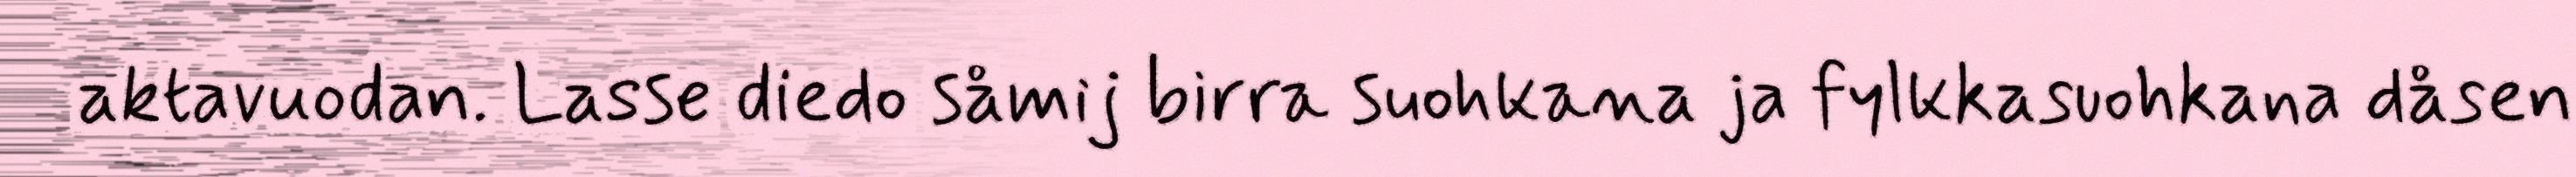
aktavuodan. Lasse diedo såmij birra suohkana ja fylkkasuohkana dåsen